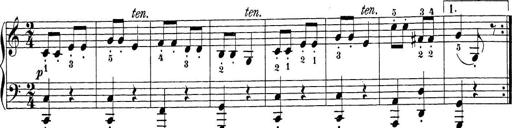
Title: Sonatina Album
Composer: Louis KÃ¶hler